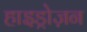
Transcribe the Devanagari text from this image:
हाइड्रोज़न